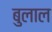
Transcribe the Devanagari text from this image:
बुलाल